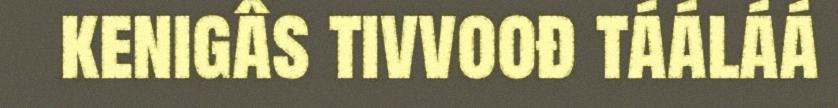
kenigâs tivvoođ tááláá